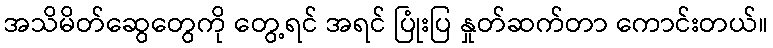
အသိမိတ်ဆွေတွေကို တွေ့ရင် အရင် ပြုံးပြ နှုတ်ဆက်တာ ကောင်းတယ်။